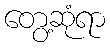
တွေ့ဆုံရာ